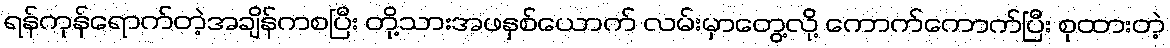
ရန်ကုန်ရောက်တဲ့အချိန်ကစပြီး တို့သားအဖနှစ်ယောက် လမ်းမှာတွေ့လို့ ကောက်ကောက်ပြီး စုထားတဲ့